Scottish Certificate of Education, 1962
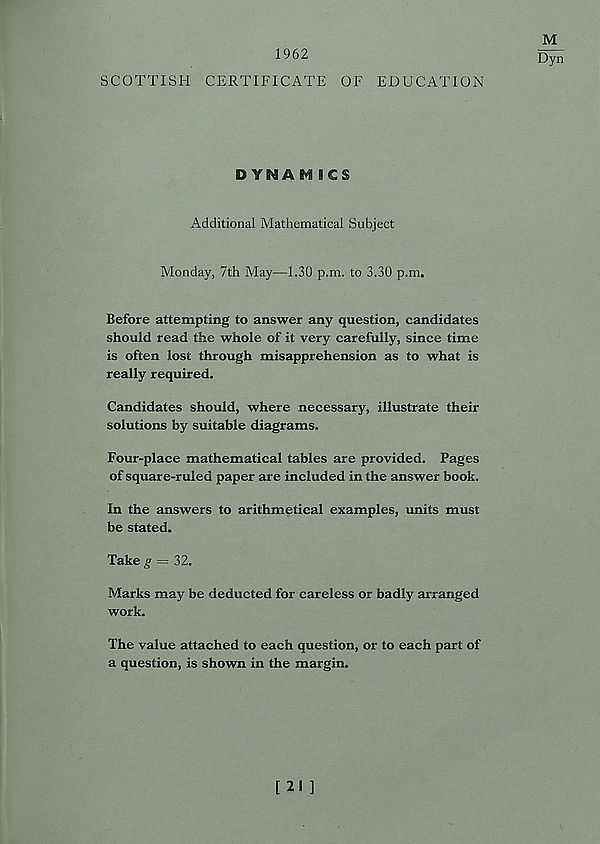
1962
SCOTTISH CERTIFICATE OF EDUCATION
M
Dyn
D YNAM ICS
Additional Mathematical Subject
Monday, 7th May—1.30 p.m. to 3.30 p.m.
Before attempting to answer any question, candidates
should read the whole of it very carefully, since time
is often lost through misapprehension as to what is
really required.
Candidates should, where necessary, illustrate their
solutions by suitable diagrams.
Four-place mathematical tables are provided. Pages
of square-ruled paper are included in the answer book.
In the answers to arithmetical examples, units must
be stated.
Take g = 32.
Marks may be deducted for careless or badly arranged
work.
The value attached to each question, or to each part of
a question, is shown in the margin.
[ 21 ]